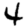
Digit: 4